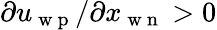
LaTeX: \partial u_{\mathrm{~w~p~}}/\partial x_{\mathrm{~w~n~}}>0